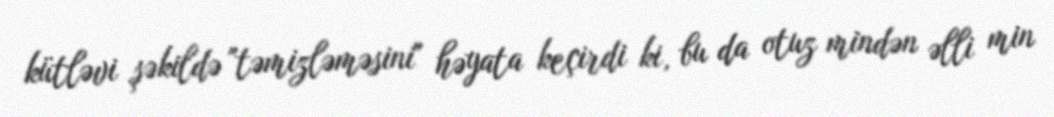
kütləvi şəkildə "təmizləməsini" həyata keçirdi ki, bu da otuz mindən əlli min